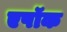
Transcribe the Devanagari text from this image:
एपॉक